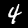
Digit: 4